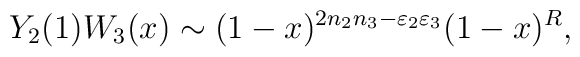
Y_2(1)W_3(x)\sim (1-x)^{2n_2n_3-\varepsilon _2\varepsilon _3}(1-x)^R,